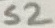
Text: S2